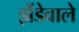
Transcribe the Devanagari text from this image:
झेंडेवाले